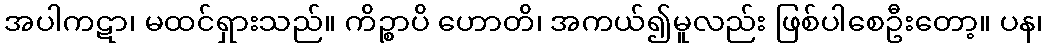
အပါကဋာ၊ မထင်ရှားသည်။ ကိဉ္စာပိ ဟောတိ၊ အကယ်၍မူလည်း ဖြစ်ပါစေဦးတော့။ ပန၊